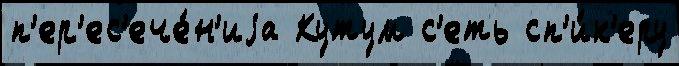
п'ер'ес'ече́н'иjа Кутум с'еть сп'и́к'еру